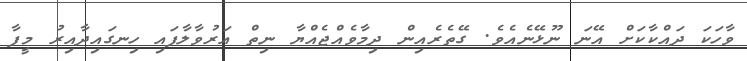
ވާހަކަ ދައްކާކަށް އޭނަ ނޫޅޭނެއެވެ. ގޭތެރެއިން ދިމާވެއްޖެއްޔާ ނިތް އަރުވާލާފައި ހިނގައިދާއިރު މީފާ